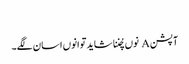
‏
آپشن A نوں چُننا شاید توانوں اسان لگے۔